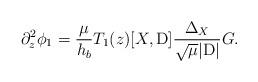
LaTeX: \begin{align*} \partial_z^2\phi_1 & = \frac{\mu}{h_b} T_1(z)[X,\mathrm{D}]\frac{\Delta_X}{\sqrt{\mu} |\mathrm{D}|} G. \end{align*}